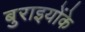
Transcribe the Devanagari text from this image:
बुराइयोंके